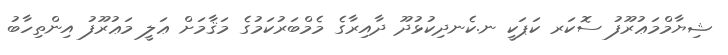
ޝިޔާމްމަޢުރޫފު ސޮކަރ ކަޕަކީ ނ.ކެނދިކުޅުދޫ ދާއިރާގެ މެމްބަރުކަމުގެ މަޤާމަށް ޢަލީ މަޢުރޫފު އިންތިހާބު